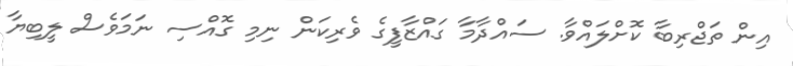
އިން ތަޖްރިބާ ކޮށްލައްވާ. ސައްދާމާ ގައްޒާފީގެ ވެރިކަން ނިމި ގޮއްސި ނަމަވެސް ލީބިޔާ